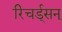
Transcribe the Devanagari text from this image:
रिचर्ड्‌सन्‌